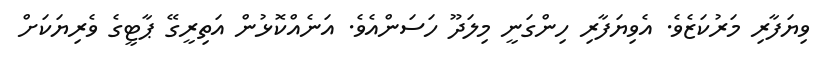
ވިޔަފާރި މަރުކަޒެވެ. އެވިޔަފާރި ހިންގަނީ މިލަދޫ ހަސަންއެވެ. އަނެއްކޮޅުން އަތިރީގޭ ޕާޓީގެ ވެރިޔަކަށް